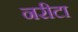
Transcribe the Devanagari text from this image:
नरीटा